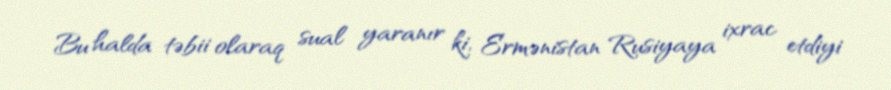
Bu halda təbii olaraq sual yaranır ki, Ermənistan Rusiyaya ixrac etdiyi